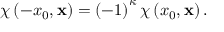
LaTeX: \chi \left( - x _ { 0 } , \mathbf { x } \right) = \left( - 1 \right) ^ { \kappa } \chi \left( x _ { 0 } , \mathbf { x } \right) .